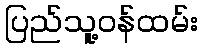
ပြည်သူ့ဝန်ထမ်း